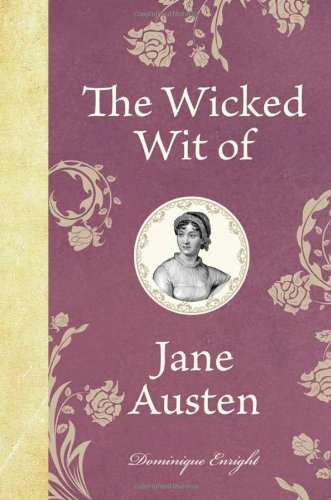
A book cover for The Wicked Wit of Jane Austen (The Wicked Wit of series); Dominique Enright; Humor & Entertainment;